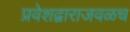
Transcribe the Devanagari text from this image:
प्रवेशद्वाराजवळच